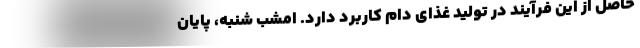
حاصل از این فرآیند در تولید غذای دام کاربرد دارد. امشب شنبه، پایان